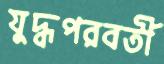
যুদ্ধপরবর্তী